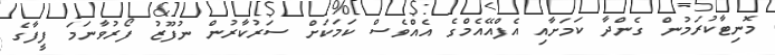
މޮނިޓާކުރަމުން ގެންދާ ކަމަށާއި އެފްއޭއެމްގެ އެއްވެސް ކަމަކަށް ސަރުކާރުން ނުފޫޒު ފޯރުވާނަމަ ފީފާގެ